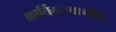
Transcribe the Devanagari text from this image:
कार्तिकस्वामीचे